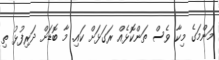
މަންމަގެ މިކާ ވެސް ތަންކޮޅެއް ރަގަޅަށް ކައި. މާ ބޮޑަށް ދަރިފުޅު ތި